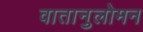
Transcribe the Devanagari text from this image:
वातानुलोमन